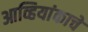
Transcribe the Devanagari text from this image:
आव्हियांकाचे